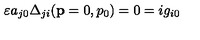
\varepsilon a _ { j 0 } \Delta _ { j i } ( \mathbf { p } = 0 , p _ { 0 } ) = 0 = i g _ { i 0 }